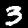
Digit: 3